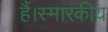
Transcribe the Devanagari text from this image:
हैं।स्मारकीय